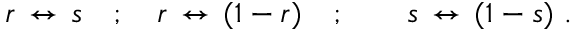
r \, \leftrightarrow \, s \quad ; \quad r \, \leftrightarrow \, ( 1 - r ) \quad ; \quad \quad s \, \leftrightarrow \, ( 1 - s ) \ .